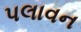
પલાવન